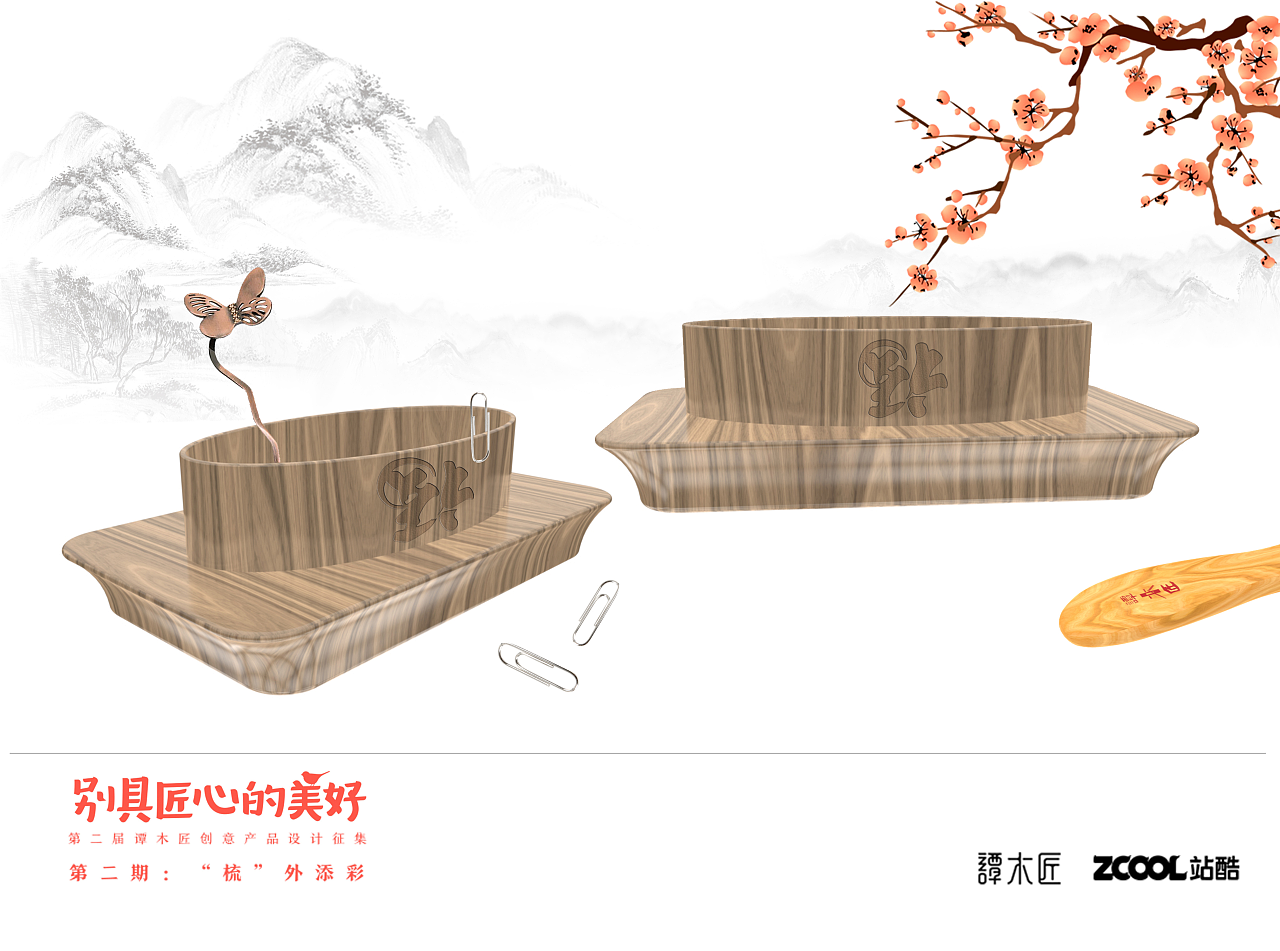
安居不用架高堂，书中自有黄金屋。